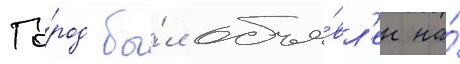
Го́род бы́л объя́вл'ен на́